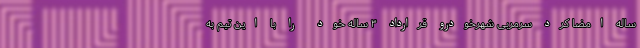
ساله امضا کرد سرمربی شهرخودرو قرارداد ۳ ساله خود را با این تیم به